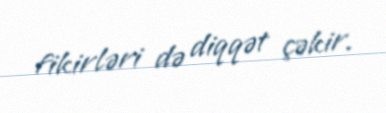
fikirləri də diqqət çəkir.